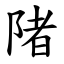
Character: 陼